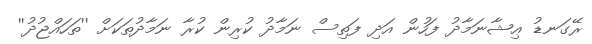
ރޭގަނޑު ޢިޝާނަމާދު ފަހުން އަދި ފަތިސް ނަމާދު ކުރިން ކުރާ ނަމާދުތަކަށް ''ތަހައްޖުދު''